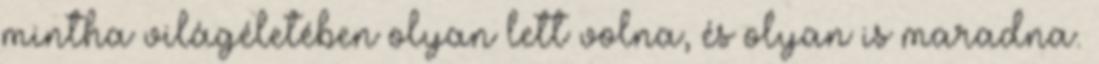
mintha világéletében olyan lett volna, és olyan is maradna.